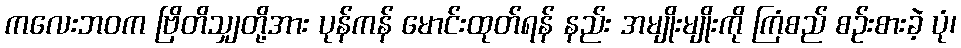
ကလေးဘဝက ဗြိတိသျှတို့အား ပုန်ကန် မောင်းထုတ်ရန် နည်း အမျိုးမျိုးကို ကြံစည် စဉ်းစားခဲ့ ပုံ၊